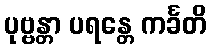
ပုဗ္ဗန္တာ ပရန္တေ ကင်္ခတိ